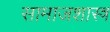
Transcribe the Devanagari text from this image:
सामाजशास्त्र